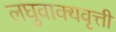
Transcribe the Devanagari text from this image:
लघुवाक्यवृत्ती